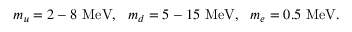
m _ { u } = 2 - 8 \ \mathrm { M e V } , \ \ m _ { d } = 5 - 1 5 \ \mathrm { M e V } , \ \ m _ { e } = 0 . 5 \ \mathrm { M e V } .